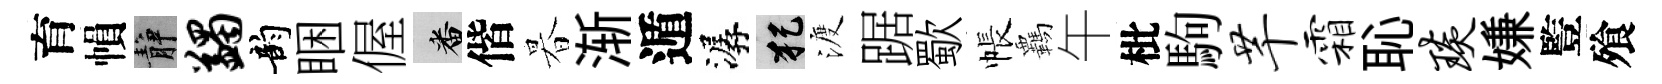
育𢄙静蠲韵睏偓番偕暮渐遁潺犯渡踞歜帳覊午枇駒芊霜恥琰嫌䜿飱